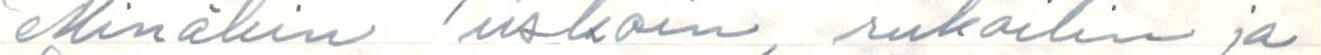
Minäkin uskoin, rukoilin ja